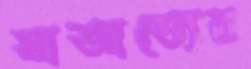
স্বাজাত্যের